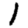
Digit: 1